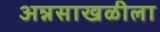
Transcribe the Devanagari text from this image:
अन्नसाखळीला